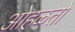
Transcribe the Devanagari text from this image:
ओहळतो